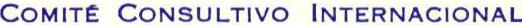
COMITÉ CONSULTIVO INTERNACIONAL